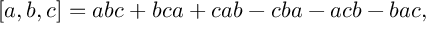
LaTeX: \left[ a , b , c \right] = a b c + b c a + c a b - c b a - a c b - b a c ,